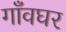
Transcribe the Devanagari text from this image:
गाँवघर